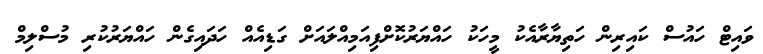
ވައިޓް ހައުސް ކައިރިން ހަތިޔާރާއެކު މީހަކު ހައްޔަރުކޮށްފިއަމިއްލައަށް ގަޑިއެއް ހަދައިގެން ހައްޔަރުކުރި މުސްލިމް